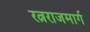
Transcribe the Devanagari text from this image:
रत्नराजमार्ग